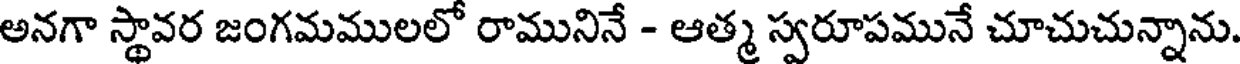
అనగా స్థావర జంగమములలో రామునినే - ఆత్మ స్వరూపమునే చూచుచున్నాను.